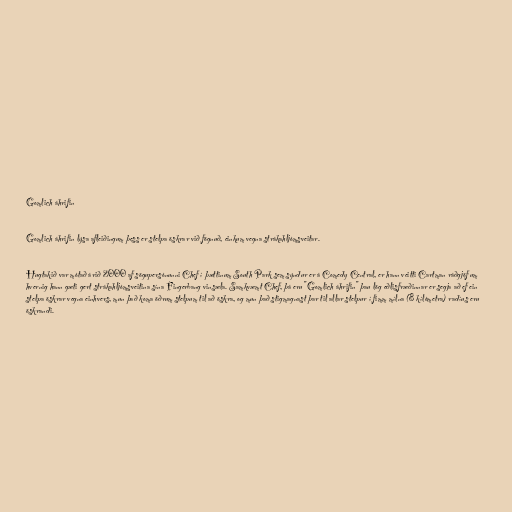
Gomlich áhrifin

Gomlich áhrifin lýsa afleiðingum þess er stelpa öskrar við fögnuð, einkum vegna strákahljómsveitar.

Hugtakið var mótað árið 2000 af sögupersónunni Chef í þættinum South Park sem sýndur er á Comedy Central, er hann veitti Cartman ráðgjöf um
hvernig hann gæti gert strákahljómsveitina sína Fingerbang vinsæla. Samkvæmt Chef, þá eru "Gomlich áhrifin" þau lög eðlisfræðinnar er segja að ef ein
stelpa öskrar vegna einhvers, mun það koma öðrum stelpum til að öskra, og mun það stigmagnast þar til allar stelpur í fimm mílna (8 kílómetra) radíus eru
öskrandi.